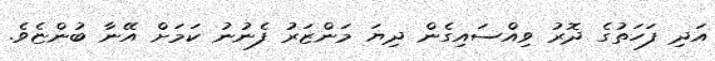
އަދި ފަހަތުގެ ދޮރު ވިއްސައިގެން ދިޔަ މަންޒަރު ފެނުނު ކަމަށް އޭނާ ބުންޏެވެ.